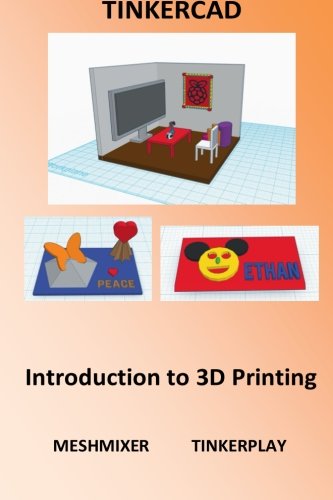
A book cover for Tinkercad - Introduction to 3D Printing; Alex Pui; Computers & Technology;